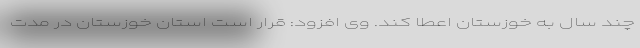
چند سال به خوزستان اعطا کند. وی افزود: قرار است استان خوزستان در مدت